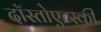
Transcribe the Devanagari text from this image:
दॉस्तोएव्स्की